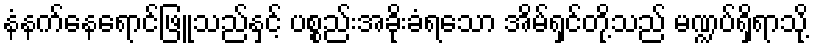
နံနက်နေရောင်ဖြူသည်နှင့် ပစ္စည်းအခိုးခံရသော အိမ်ရှင်တို့သည် မဏ္ဍပ်ရှိရာသို့